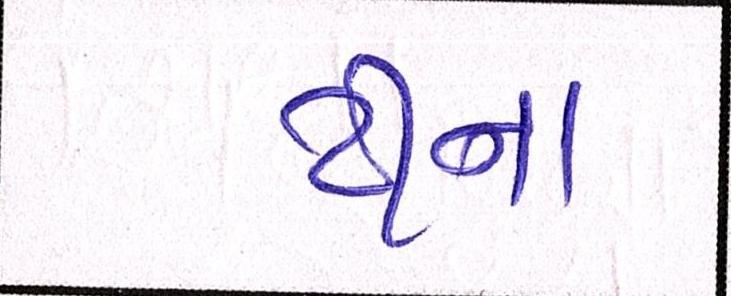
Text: ટીના